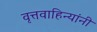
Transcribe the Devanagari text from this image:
वृत्तवाहिन्यांनी